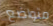
متواضع